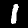
Label: 1